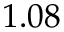
1 . 0 8